Document type: Emphyteutic lease
Year: 1473
Scribe: [Unknown]
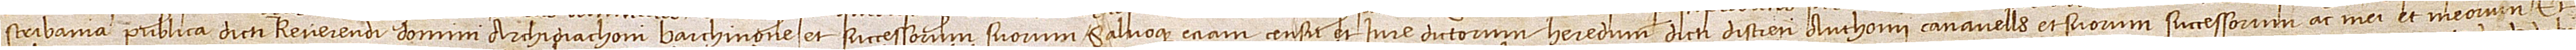
scribania publica dicti reverendi domini archidiaconi Barchinone et successorum suorum; salvoque etiam censu et iure dictorum heredum dicti discreti Anthonii Canavells et suorum successorum ac mei et meorum. Et